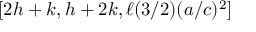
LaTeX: [ 2 h + k , h + 2 k , \ell ( 3 / 2 ) ( a / c ) ^ { 2 } ]